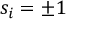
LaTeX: s _ { i } = \pm 1